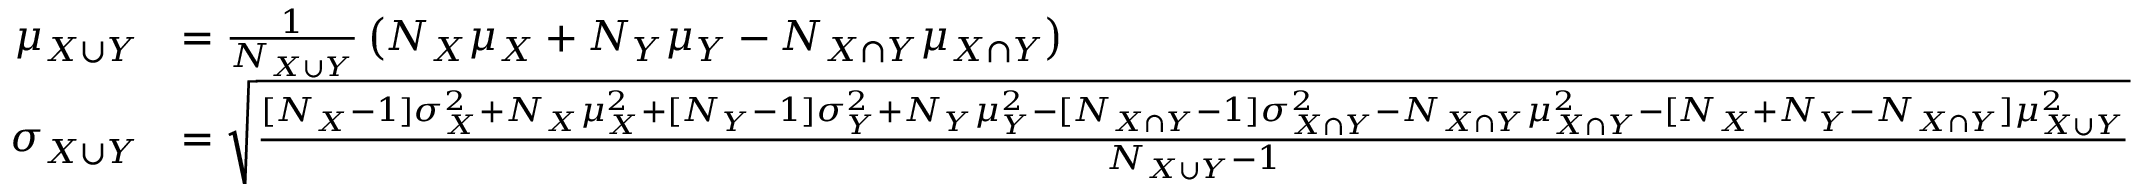
{ \begin{array} { r l } { \mu _ { X \cup Y } } & { = { \frac { 1 } { N _ { X \cup Y } } } \left( N _ { X } \mu _ { X } + N _ { Y } \mu _ { Y } - N _ { X \cap Y } \mu _ { X \cap Y } \right) } \\ { \sigma _ { X \cup Y } } & { = { \sqrt { \frac { [ N _ { X } - 1 ] \sigma _ { X } ^ { 2 } + N _ { X } \mu _ { X } ^ { 2 } + [ N _ { Y } - 1 ] \sigma _ { Y } ^ { 2 } + N _ { Y } \mu _ { Y } ^ { 2 } - [ N _ { X \cap Y } - 1 ] \sigma _ { X \cap Y } ^ { 2 } - N _ { X \cap Y } \mu _ { X \cap Y } ^ { 2 } - [ N _ { X } + N _ { Y } - N _ { X \cap Y } ] \mu _ { X \cup Y } ^ { 2 } } { N _ { X \cup Y } - 1 } } } } \end{array} }